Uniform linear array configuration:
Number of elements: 8
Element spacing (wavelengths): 0.75
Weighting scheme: binomial
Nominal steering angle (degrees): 15
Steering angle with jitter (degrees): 13.83
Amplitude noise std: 0.05
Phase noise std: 0.05

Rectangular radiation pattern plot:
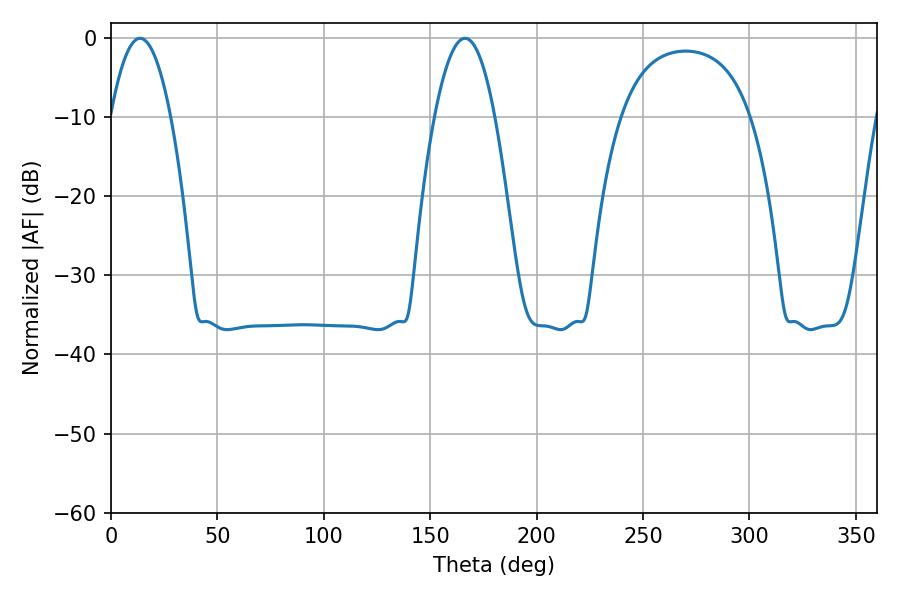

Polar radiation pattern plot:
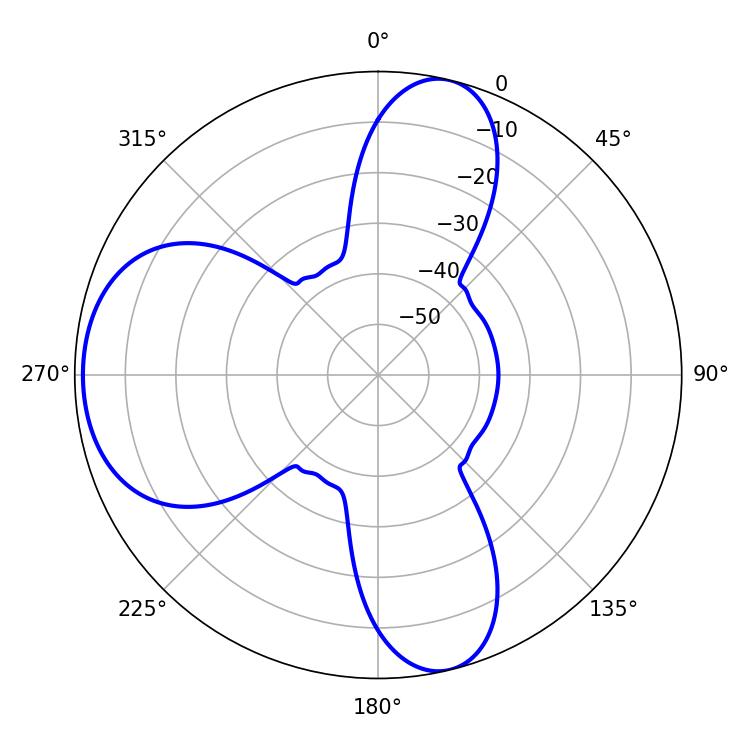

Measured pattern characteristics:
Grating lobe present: TRUE
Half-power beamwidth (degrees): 15.48
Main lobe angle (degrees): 13.68